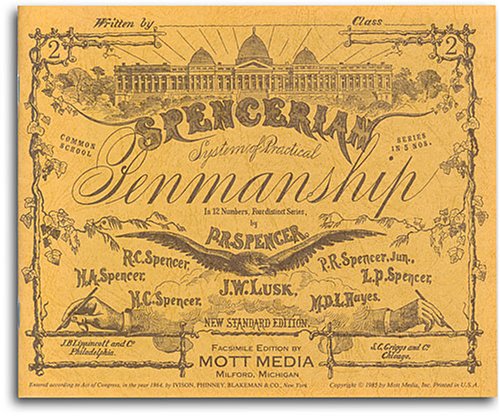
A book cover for Spencerian Penmanship (Copybook #2); Platt Rogers Spencer; Reference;